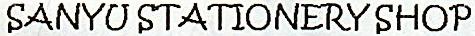
SANYU STATIONERY SHOP